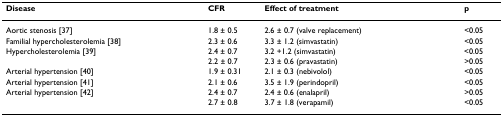
<table><thead><tr><td><b>Disease</b></td><td><b>CFR</b></td><td><b>Effect of treatment</b></td><td><b>p</b></td></tr></thead><tbody><tr><td>Aortic stenosis [37]</td><td>1.8 ± 0.5</td><td>2.6 ± 0.7 (valve replacement)</td><td>&lt;0.05</td></tr><tr><td>Familial hypercholesterolemia [38]</td><td>2.3 ± 0.6</td><td>3.3 ± 1.2 (simvastatin)</td><td>&lt;0.05</td></tr><tr><td>Hypercholesterolemia [39]</td><td>2.4 ± 0.7</td><td>3.2 +1.2 (simvastatin)</td><td>&lt;0.05</td></tr><tr><td></td><td>2.2 ± 0.7</td><td>2.3 ± 0.6 (pravastatin)</td><td>&gt;0.05</td></tr><tr><td>Arterial hypertension [40]</td><td>1.9 ± 0.31</td><td>2.1 ± 0.3 (nebivolol)</td><td>&lt;0.05</td></tr><tr><td>Arterial hypertension [41]</td><td>2.1 ± 0.6</td><td>3.5 ± 1.9 (perindopril)</td><td>&lt;0.05</td></tr><tr><td>Arterial hypertension [42]</td><td>2.4 ± 0.7</td><td>2.4 ± 0.6 (enalapril)</td><td>&gt;0.05</td></tr><tr><td></td><td>2.7 ± 0.8</td><td>3.7 ± 1.8 (verapamil)</td><td>&lt;0.05</td></tr></tbody></table>